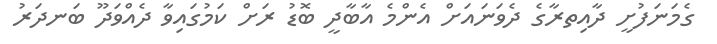
ގެމަނަފުށީ ދާއިތރާގެ ދެވަނައަށް އެންމެ އާބާދީ ބޮޑު ރަށް ކަމުގައިވާ ދެއްވަދޫ ބަނދަރު